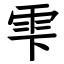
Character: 雫